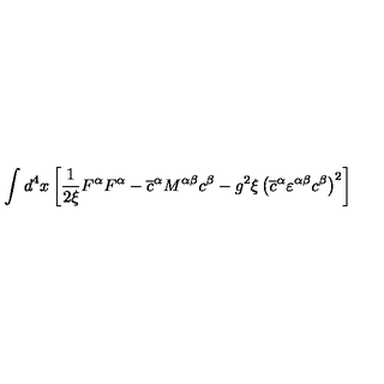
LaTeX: \int d ^ { 4 } x \left[ \frac { 1 } { 2 \xi } F ^ { \alpha } F ^ { \alpha } - \overline { { c } } ^ { \alpha } M ^ { \alpha \beta } c ^ { \beta } - g ^ { 2 } \xi \left( \overline { { c } } ^ { \alpha } \varepsilon ^ { \alpha \beta } c ^ { \beta } \right) ^ { 2 } \right]